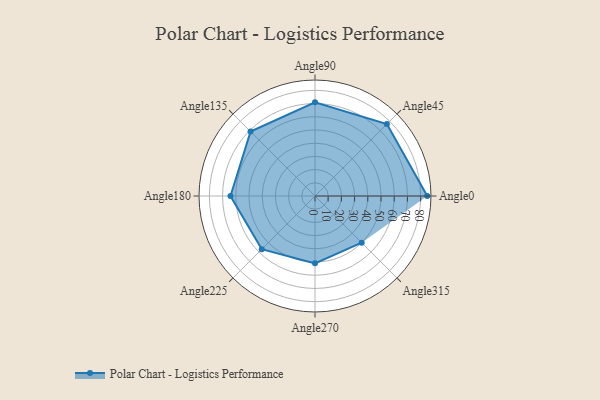
{"axis": {"x": "Angle", "y": "Radius"}, "legend": [""], "data": [{"x": "Angle0", "y": 85.0, "type": ""}, {"x": "Angle45", "y": 77.0, "type": ""}, {"x": "Angle90", "y": 71.0, "type": ""}, {"x": "Angle135", "y": 69.0, "type": ""}, {"x": "Angle180", "y": 64.0, "type": ""}, {"x": "Angle225", "y": 57.0, "type": ""}, {"x": "Angle270", "y": 51.0, "type": ""}, {"x": "Angle315", "y": 50, "type": ""}]}